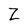
Character: Z